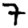
Digit: 7